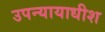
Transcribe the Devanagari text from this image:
उपन्यायाधीश